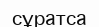
сұратса